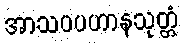
အာသဝပဟာနသုတ္တံ